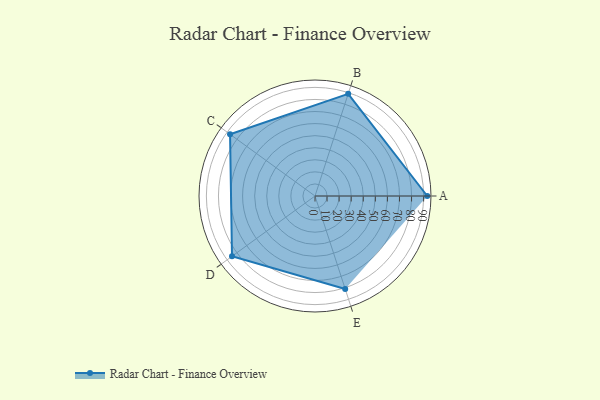
{"axis": {"x": "Skill", "y": "Score"}, "legend": ["Profile"], "data": [{"x": "A", "y": 93.0, "type": "Profile"}, {"x": "B", "y": 89.0, "type": "Profile"}, {"x": "C", "y": 87.0, "type": "Profile"}, {"x": "D", "y": 85.0, "type": "Profile"}, {"x": "E", "y": 81.0, "type": "Profile"}]}